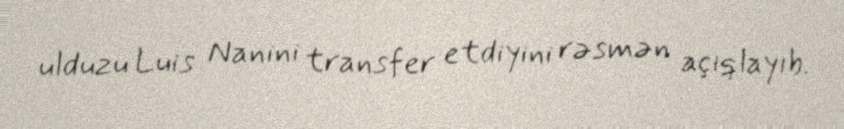
ulduzu Luis Nanini transfer etdiyini rəsmən açıqlayıb.